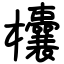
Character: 欜